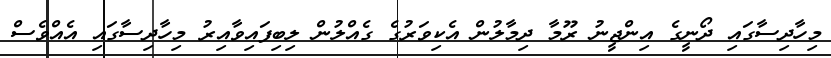
މިހާދިސާގައި ދޯނީގެ އިންޖީނު ރޫމާ ދިމާލުން އެކިވަރުގެ ގެއްލުން ލިބިފައިވާއިރު މިހާދިސާގައި އެއްވެސް